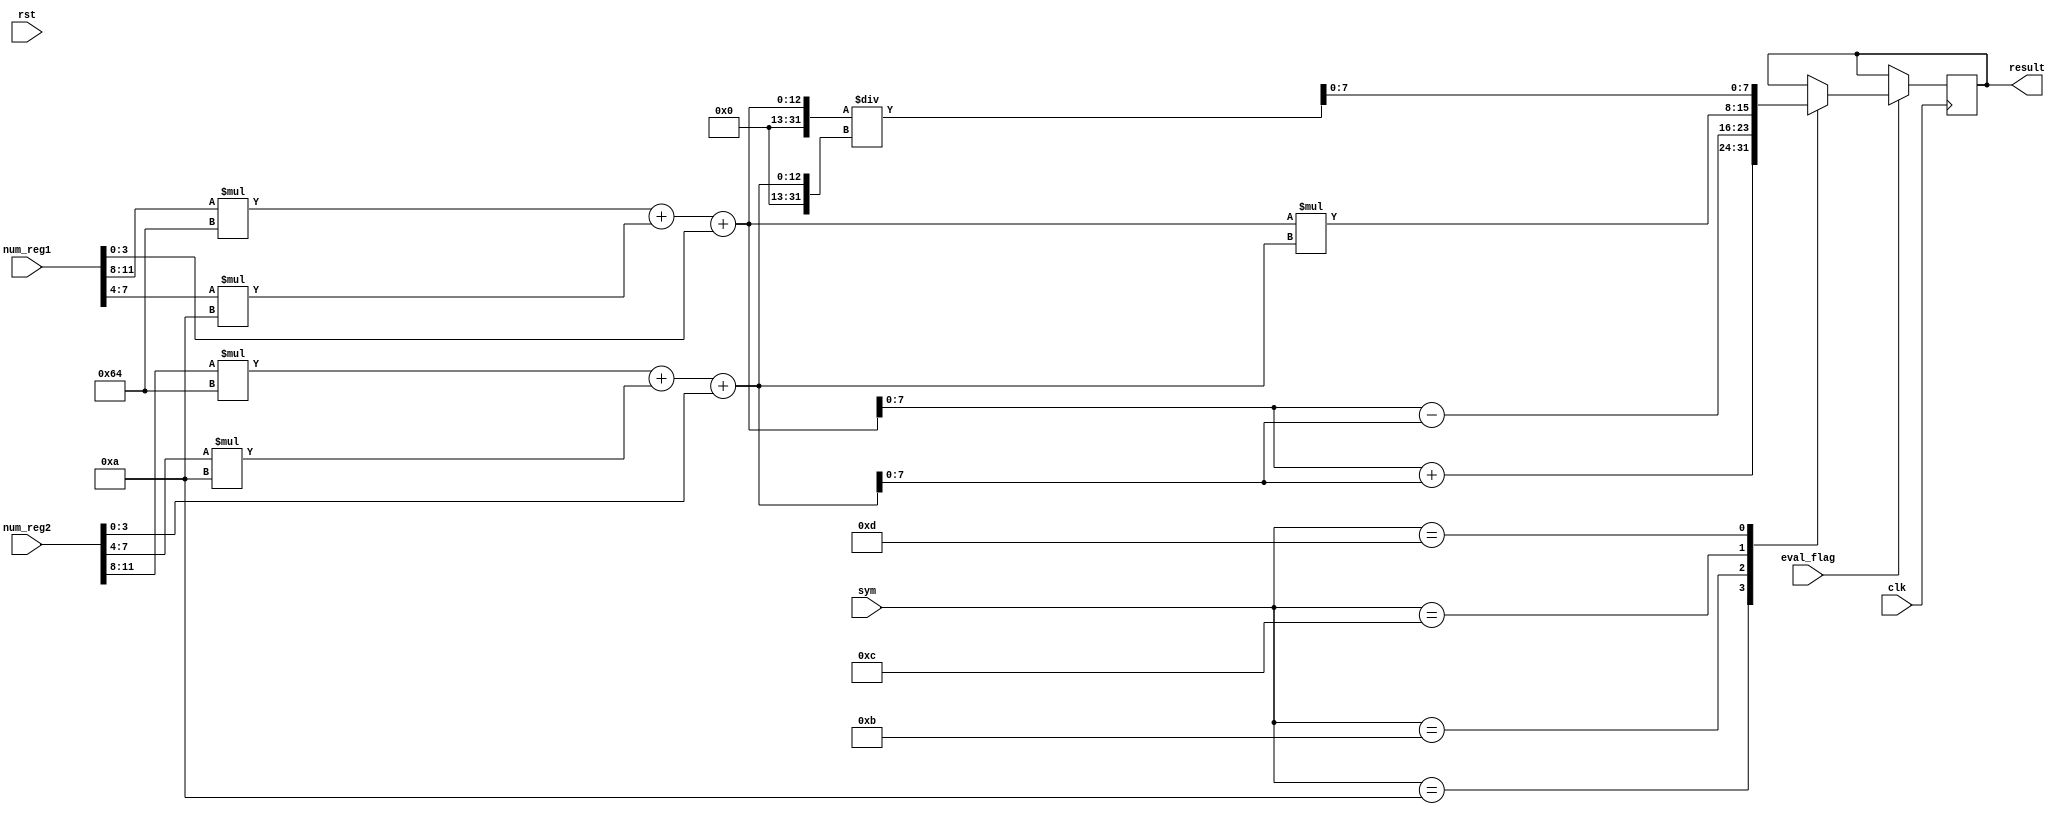
module calculate(
  input [11:0]num_reg1,
  input [11:0]num_reg2,
  input[3:0]sym,
  input eval_flag,
  input rst,
  input clk,
  output [7:0 ]result
);

reg flag;
reg [7:0] sum1;
reg [7:0] sum2;
reg [7:0] binary;
reg [1:0]b;

assign result = binary;

always @(posedge clk or negedge rst )
begin
  if(!rst)
    b <= 2'b00;
  else 
b <= {b[0],eval_flag};
end

always @(posedge clk )
begin
    if(eval_flag == 1)

    case (sym)//abcde
           4'ha: binary <= (num_reg1[11:8]*100+num_reg1[7:4]*10+num_reg1[3:0]) + (num_reg2[11:8]*100+num_reg2[7:4]*10+num_reg2[3:0]);

           4'hb: binary <= (num_reg1[11:8]*100+num_reg1[7:4]*10+num_reg1[3:0]) - (num_reg2[11:8]*100+num_reg2[7:4]*10+num_reg2[3:0]);

           4'hc: binary <= (num_reg1[11:8]*100+num_reg1[7:4]*10+num_reg1[3:0]) * (num_reg2[11:8]*100+num_reg2[7:4]*10+num_reg2[3:0]);

           4'hd: binary <= (num_reg1[11:8]*100+num_reg1[7:4]*10+num_reg1[3:0]) / (num_reg2[11:8]*100+num_reg2[7:4]*10+num_reg2[3:0]);

     default: binary <= binary;
endcase
  
end
endmodule